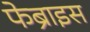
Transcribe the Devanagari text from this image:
फेब्राइस